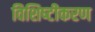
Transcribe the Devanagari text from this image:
विशिष्‍टीकरण